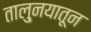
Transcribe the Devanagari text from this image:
तालु्नयातून